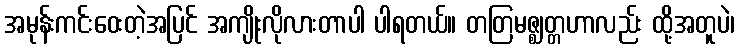
အမုန်းကင်းဝေးတဲ့အပြင် အကျိုးလိုလားတာပါ ပါရတယ်။ တတြမဇ္ဈတ္တဟာလည်း ထို့အတူပဲ၊